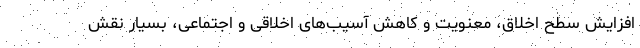
افزایش سطح اخلاق، معنویت و کاهش آسیب‌های اخلاقی و اجتماعی، بسیار نقش